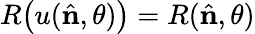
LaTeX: R\bigl(u({\hat{\mathbf{n}}},\theta)\bigr)=R({\hat{\mathbf{n}}},\theta)